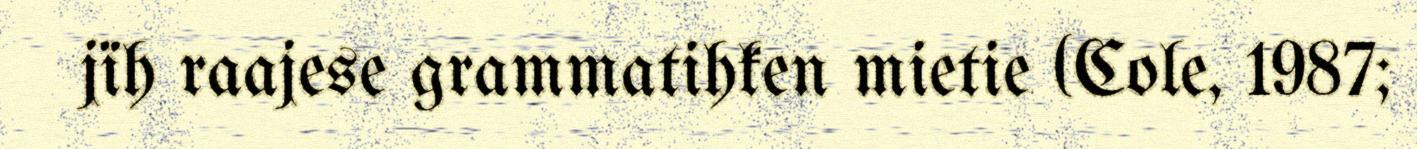
jïh raajese grammatihken mietie (Cole, 1987;